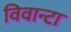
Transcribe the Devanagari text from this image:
विवान्टा